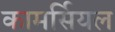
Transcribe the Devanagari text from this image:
कामर्सियल